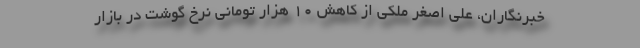
خبرنگاران، علی اصغر ملکی از کاهش ۱۰ هزار تومانی نرخ گوشت در بازار